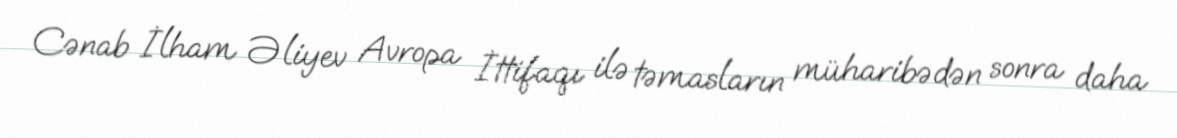
Cənab İlham Əliyev Avropa İttifaqı ilə təmasların müharibədən sonra daha